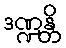
ဒဏ္ဍန္တိ